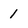
Character: 1